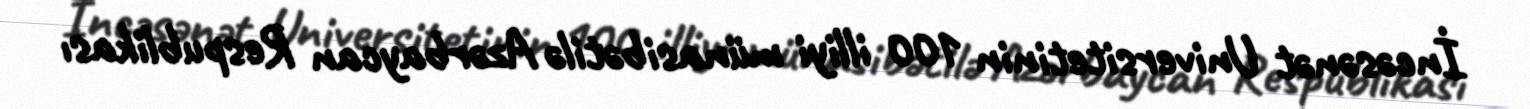
İncəsənət Universitetinin 100 illiyi münasibətilə Azərbaycan Respublikası